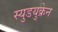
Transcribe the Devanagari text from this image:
स्युडयुक्रेन